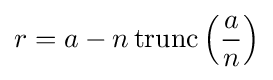
r=a-n\operatorname {trunc} \left({\frac {a}{n}}\right)